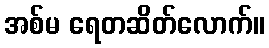
အစ်မ ရေတဆိတ်လောက်။